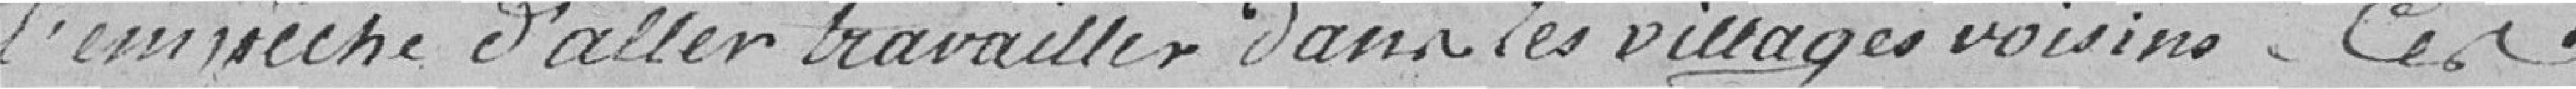
l'empêche d'aller travailler dans les villages voisins. Ces